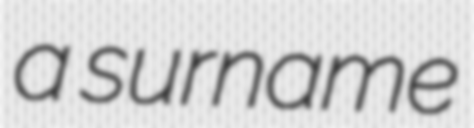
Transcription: a surname